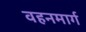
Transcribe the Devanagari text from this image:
वहनमार्ग